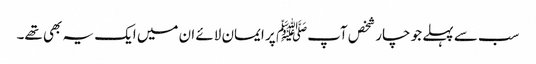
سب سے پہلے جو چار شخص آپﷺ پر ایمان لائے ان میں ایک یہ بھی تھے۔